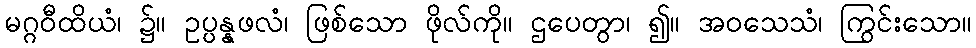
မဂ္ဂဝီထိယံ၊ ၌။ ဥပ္ပန္နဖလံ၊ ဖြစ်သော ဖိုလ်ကို။ ဌပေတွာ၊ ၍။ အဝသေသံ၊ ကြွင်းသော။